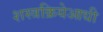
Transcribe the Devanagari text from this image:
शस्त्रक्रियेआधी